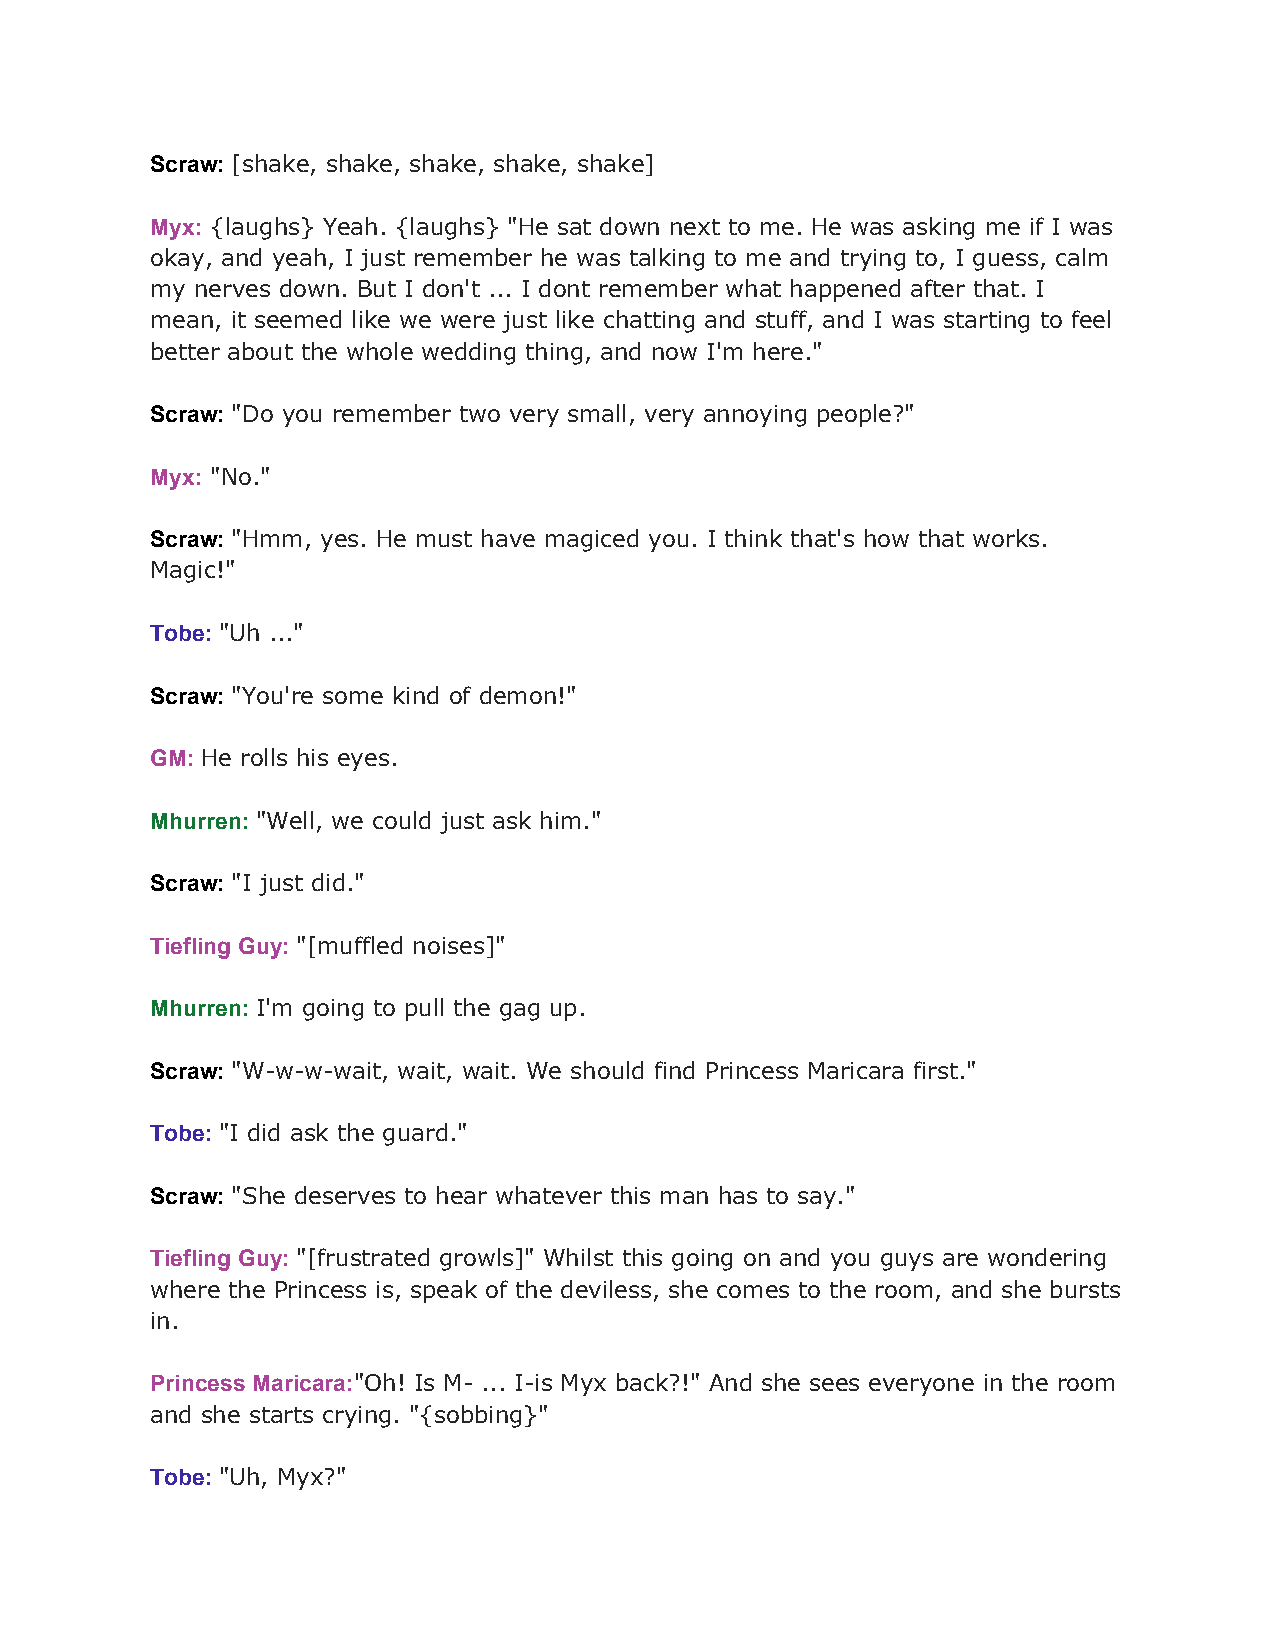
Scraw: [shake, shake, shake, shake, shake]
 ​
 Myx: {laughs} Yeah. {laughs} "He sat down next to me. He was asking me if I was
 ​
 okay, and yeah, I just remember he was talking to me and trying to, I guess, calm
 my nerves down. But I don't ... I dont remember what happened after that. I
 mean, it seemed like we were just like chatting and stuff, and I was starting to feel
 better about the whole wedding thing, and now I'm here."
 Scraw: "Do you remember two very small, very annoying people?"
 ​
 Myx: "No."
 ​
 Scraw: "Hmm, yes. He must have magiced you. I think that's how that works.
 ​
 Magic!"
 Tobe: "Uh ..."
 ​
 Scraw: "You're some kind of demon!"
 ​
 GM: He rolls his eyes.
 ​
 Mhurren: "Well, we could just ask him."
 ​
 Scraw: "I just did."
 ​
 Tiefling Guy: "[muffled noises]"
 ​
 Mhurren: I'm going to pull the gag up.
 ​
 Scraw: "W-w-w-wait, wait, wait. We should find Princess Maricara first."
 ​
 Tobe: "I did ask the guard."
 ​
 Scraw: "She deserves to hear whatever this man has to say."
 ​
 Tiefling Guy: "[frustrated growls]" Whilst this going on and you guys are wondering
 ​
 where the Princess is, speak of the deviless, she comes to the room, and she bursts
 in.
 Princess Maricara:"Oh! Is M- ... I-is Myx back?!" And she sees everyone in the room
 ​
 and she starts crying. "{sobbing}"
 Tobe: "Uh, Myx?"
 ​